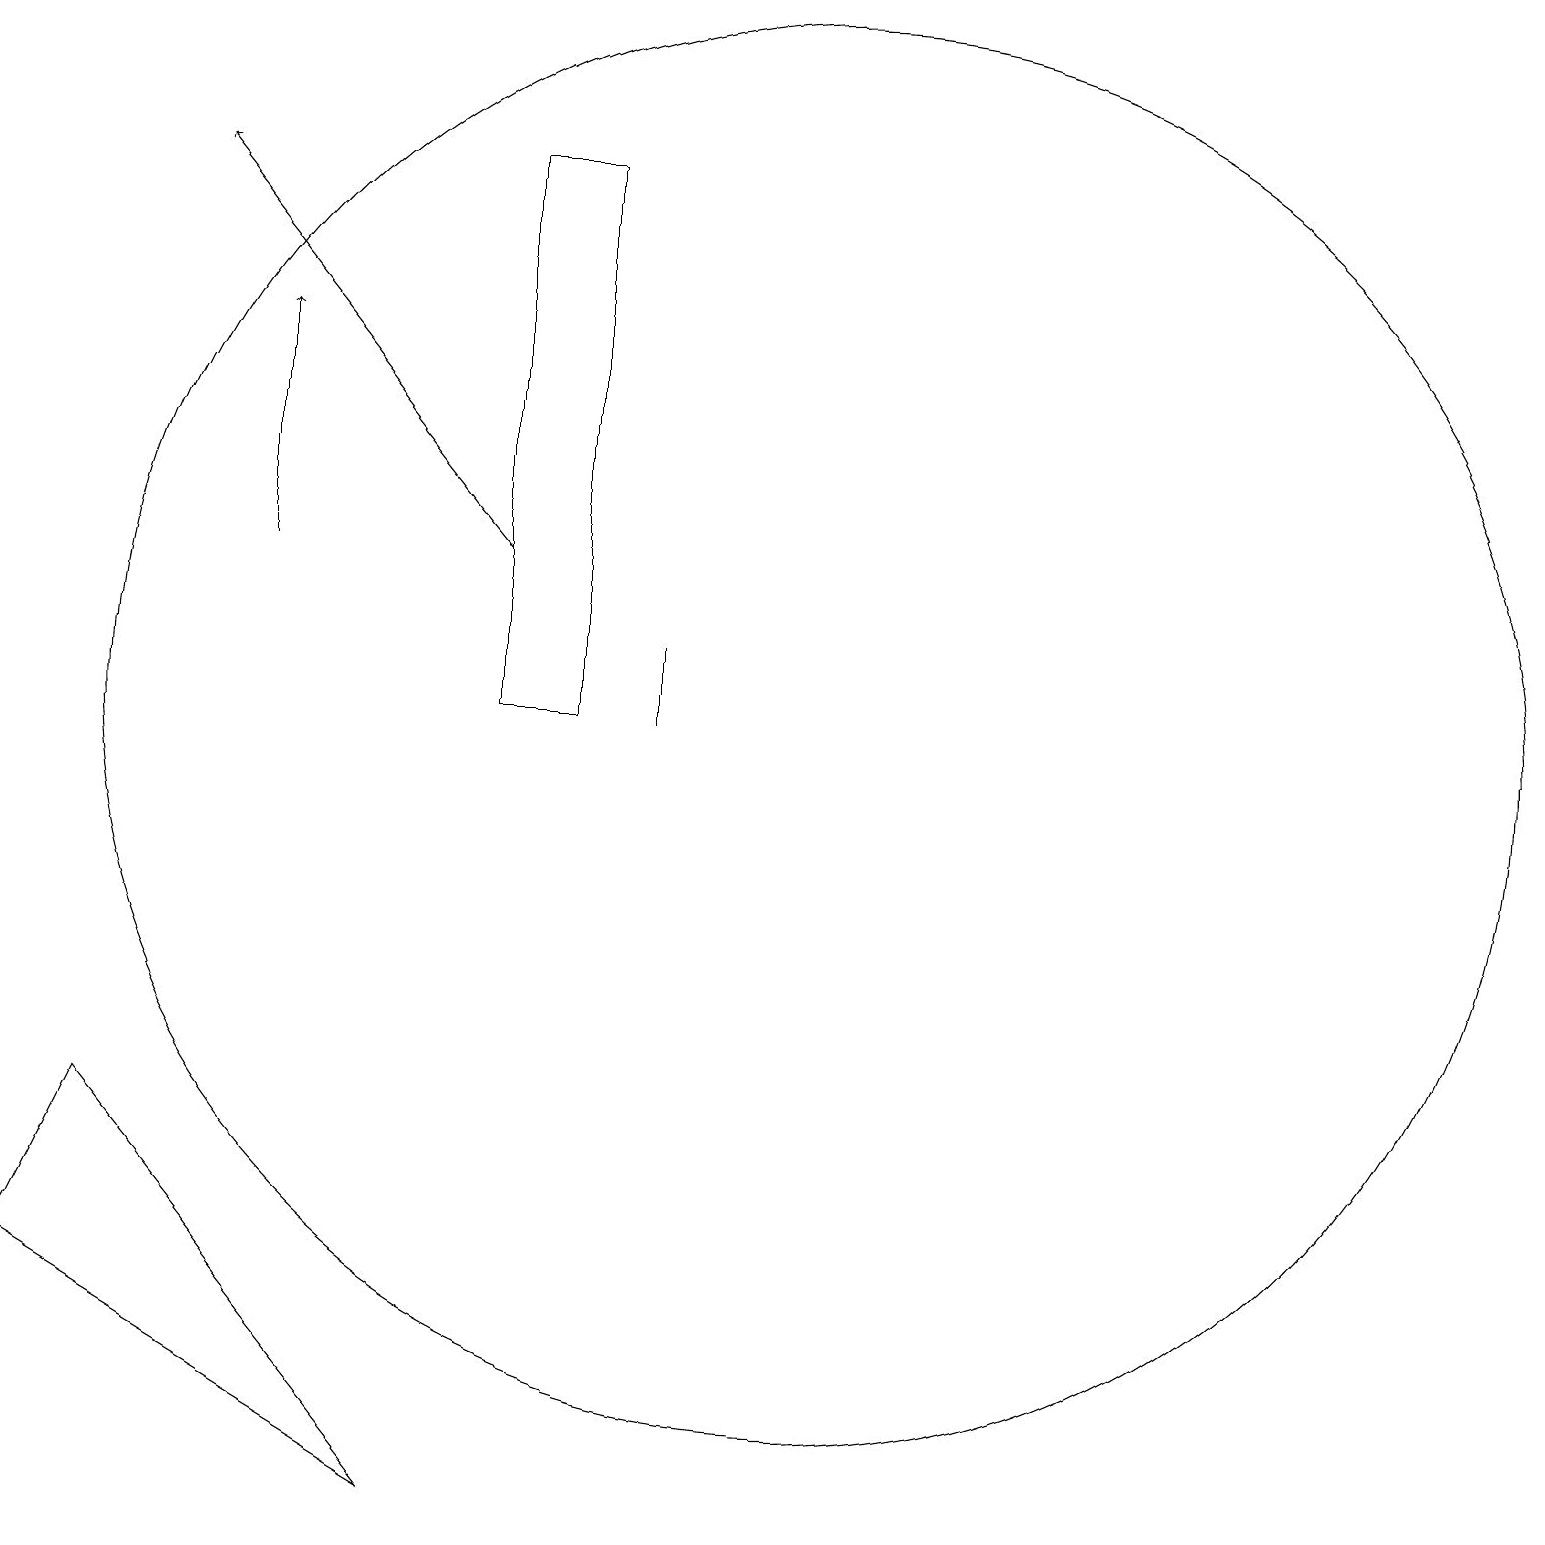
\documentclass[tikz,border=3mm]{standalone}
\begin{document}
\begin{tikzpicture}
\draw (8,18) rectangle (7,11);
\draw[->] (4,13) -- (4,16);
\draw (1,4) -- (6,1) -- (2,6) -- cycle;
\draw[->] (7,13) -- (3,18);
\draw (9,12) rectangle (9,11);
\draw (11,11) circle (9);
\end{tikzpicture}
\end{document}